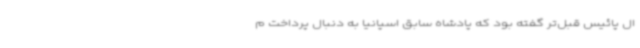
ال پائیس قبل‌تر گفته بود که پادشاه سابق اسپانیا به دنبال پرداخت م